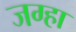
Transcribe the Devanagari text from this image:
जग्हा